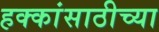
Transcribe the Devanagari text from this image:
हक्कांसाठीच्या